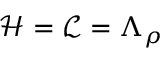
\mathcal { H } = \mathcal { L } = \Lambda _ { \rho }